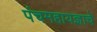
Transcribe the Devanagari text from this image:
पंचमहायज्ञाचे